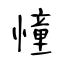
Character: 憧